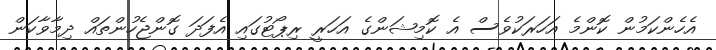
އެހެންކަމުން ކޮންމެ އަހަރަކުވެސް އެ ކޮމިޝަންގެ އަހަރީ ރިޕޯޓުގައި އެފަދަ ގޮންޖެހުންތައް ދިމާވާކަން